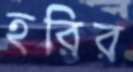
হরির